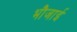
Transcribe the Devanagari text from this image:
भौजाई